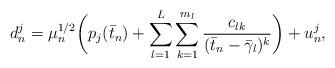
LaTeX: \begin{align*}d_n^j = \mu_n^{1/2}\bigg(p_j (\bar t_n) +\sum_{l=1}^L \sum_{k=1}^{m_l} \frac{c_{lk}}{(\bar t_n -\bar \gamma_l)^{k}}\bigg) +u_n^j,\end{align*}